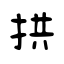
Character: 拱